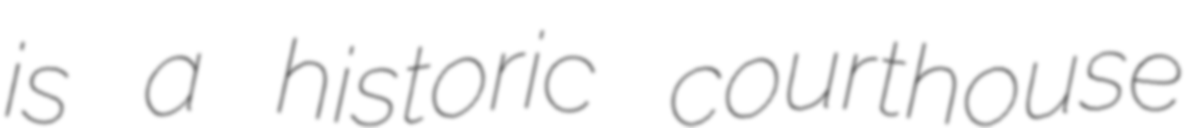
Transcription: is a historic courthouse